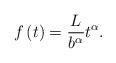
LaTeX: \begin{align*}f\left( t \right) = {\frac{L}{b^\alpha}} t^\alpha .\end{align*}